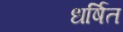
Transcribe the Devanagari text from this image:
धर्षित